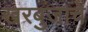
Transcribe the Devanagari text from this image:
खरबुजाचे